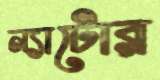
ন্যাটোর